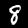
Digit: 8